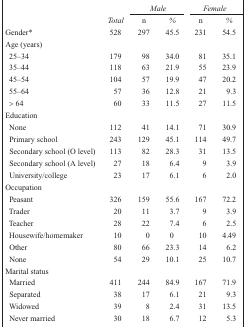
| <COLSPAN=2>  | <COLSPAN=2> Male | <COLSPAN=2> Female |
 |  | Total | n | % | n | % |
 | --- | --- | --- | --- | --- | --- |
 | Gender* | 528 | 297 | 45.5 | 231 | 54.5 |
 | <COLSPAN=6> Age (years) |
 | 25–34 | 179 | 98 | 34.0 | 81 | 35.1 |
 | 35–44 | 118 | 63 | 21.9 | 55 | 23.9 |
 | 45–54 | 104 | 57 | 19.9 | 47 | 20.2 |
 | 55–64 | 57 | 36 | 12.8 | 21 | 9.3 |
 | > 64 | 60 | 33 | 11.5 | 27 | 11.5 |
 | <COLSPAN=6> Education |
 | None | 112 | 41 | 14.1 | 71 | 30.9 |
 | Primary school | 243 | 129 | 45.1 | 114 | 49.7 |
 | Secondary school (O level) | 113 | 82 | 28.3 | 31 | 13.5 |
 | Secondary school (A level) | 27 | 18 | 6.4 | 9 | 3.9 |
 | University/college | 23 | 17 | 6.1 | 6 | 2.0 |
 | <COLSPAN=6> Occupation |
 | Peasant | 326 | 159 | 55.6 | 167 | 72.2 |
 | Trader | 20 | 11 | 3.7 | 9 | 3.9 |
 | Teacher | 28 | 22 | 7.4 | 6 | 2.5 |
 | Housewife/homemaker | 10 | 0 | 0 | 10 | 4.49 |
 | Other | 80 | 66 | 23.3 | 14 | 6.2 |
 | None | 54 | 29 | 10.1 | 25 | 10.7 |
 | <COLSPAN=6> Marital status |
 | Married | 411 | 244 | 84.9 | 167 | 71.9 |
 | Separated | 38 | 17 | 6.1 | 21 | 9.3 |
 | Widowed | 39 | 8 | 2.4 | 31 | 13.5 |
 | Never married | 30 | 18 | 6.7 | 12 | 5.3 |